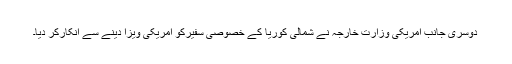
دوسری جانب امریکی وزارتِ خارجہ نے شمالی کوریا کے خصوصی سفیرکو امریکی ویزا دینے سے انکارکر دیا۔